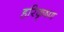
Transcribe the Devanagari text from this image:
हरिकृष्‍ण